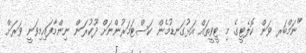
"ނަމްބަރ ވަން ކޮލެޓީގެ މި ޓީވީތައް އަޅުގަނޑުމެން ކަސްޓަމަރުންނަށް ދޫކުރަން ނިންމާފައިމިވަނީ ވަރަށް